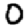
Digit: 0